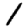
Digit: 1